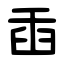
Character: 臿